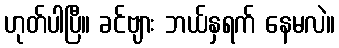
ဟုတ်ပါပြီ။ ခင်ဗျား ဘယ်နှရက် နေမလဲ။